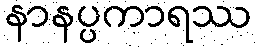
နာနပ္ပကာရဿ